Report of the Indian Hemp Drugs Commission, 1894-1895 - Volume I
Year: 1894
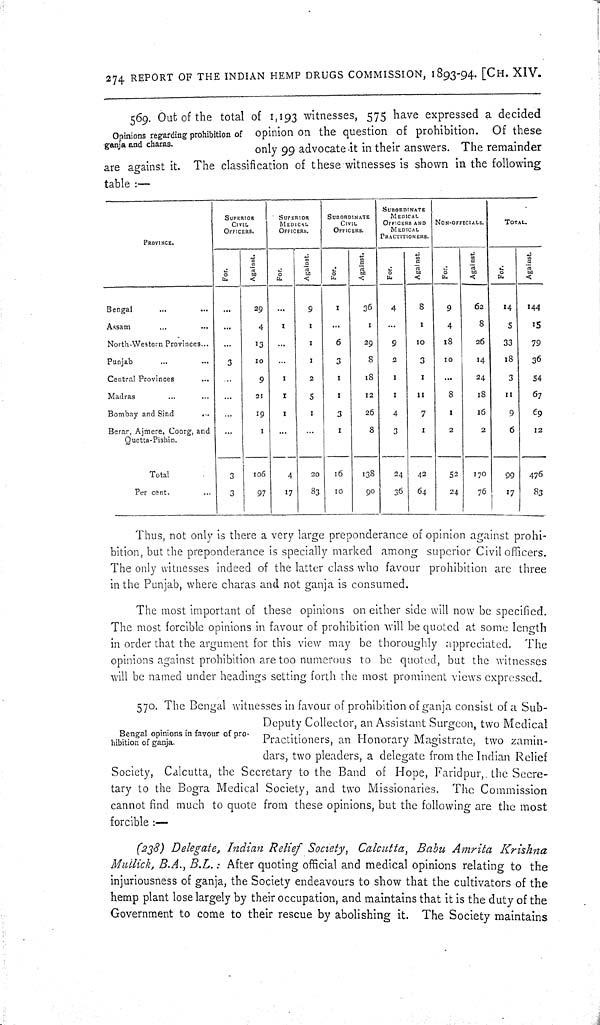
274 REPORT OF THE INDIAN HEMP DRUGS COMMISSION, 1893-94. [CH. XIV.
Opinions regarding prohibition of
ganja and charas.
569. Out of the total of 1,193 witnesses, 575 have expressed a decided
opinion on the question of prohibition. Of these
only 99 advocate it in their answers. The remainder
are against it. The classification of these witnesses is shown in the following
table:-
PROVINCE.
SUPERIOR
CIVIL
OFFICERS.
SUPERIOR
MEDICAL
OFFICERS.
SUBORDINATE
CIVIL
OFFICERS.
SUBORDINATE
MEDICAL
OFFICERS AND
MEDICAL
PRACTITIONERS.
NON-OFFICIALS.
TOTAL.
For.
Against.
For.
Against.
For.
Against.
For.
Against.
For.
Against.
For.
Against.
Bengal
29
9
1
36
4
8
9
62
14
144
Assam
4
1
1
1
1
4
8
5
15
North-Western Provinces
13
1
6
29
9
10
18
26
33
79
Punjab
3
10
1
3
8
2
3
10
14
18
36
Central Provinces
9
1
2
1
18
1
1
24
3
54
Madras
21
1
5
1
12
1
11
8
18
11
67
Bombay and Sind
19
1
1
3
26
4
7
1
16
9
69
Berar, Ajmere, Coorg, and
Quetta-Pishin.
1
1
8
3
1
2
2
6
12
Total
3
106
4
20
16
138
24
42
52
170
99
476
Per cent.
3
97
17
83
10
90
36
64
24
76
17
83
Thus, not only is there a very large preponderance of opinion against prohi-
bition, but the preponderance is specially marked among superior Civil officers.
The only witnesses indeed of the latter class who favour prohibition are three
in the Punjab, where charas and not ganja is consumed.
The most important of these opinions on either side will now be specified.
The most forcible opinions in favour of prohibition will be quoted at some length
in order that the argument for this view may be thoroughly appreciated. The
opinions against prohibition are too numerous to be quoted, but the witnesses
will be named under headings setting forth the most prominent views expressed.
Bengal opinions in favour of pro-
hibition of ganja.
570. The Bengal witnesses in favour of prohibition of ganja consist of a Sub-
Deputy Collector, an Assistant Surgeon, two Medical
Practitioners, an Honorary Magistrate, two zamin-
dars, two pleaders, a delegate from the Indian Relief
Society, Calcutta, the Secretary to the Band of Hope, Faridpur, the Secre-
tary to the Bogra Medical Society, and two Missionaries. The Commission
cannot find much to quote from these opinions, but the following are the most
forcible:—
(238) Delegate, Indian Relief Society, Calcutta, Babu Amrita
Krishna
Mullick, B.A., B.L.: After quoting official and medical opinions relating to the
injuriousness of ganja, the Society endeavours to show that the cultivators of the
hemp plant lose largely by their occupation, and maintains that it is the duty of the
Government to come to their rescue by abolishing it. The Society maintains